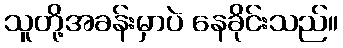
သူတို့အခန်းမှာပဲ နေခိုင်းသည်။